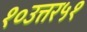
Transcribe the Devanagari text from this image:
१०उत्तर५१